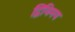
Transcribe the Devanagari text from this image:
द्विविमय